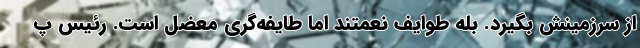
از سرزمینش بگیرد. بله طوایف نعمتند اما طایفه‌گری معضل است. رئیس پ